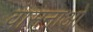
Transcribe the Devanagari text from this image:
वासनाओ